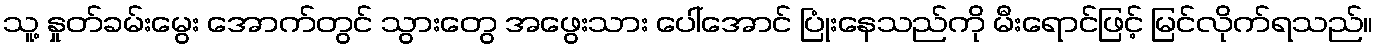
သူ့ နှုတ်ခမ်းမွေး အောက်တွင် သွားတွေ အဖွေးသား ပေါ်အောင် ပြုံးနေသည်ကို မီးရောင်ဖြင့် မြင်လိုက်ရသည်။